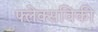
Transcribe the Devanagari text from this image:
फ्लेक्सविकी